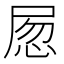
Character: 𡱽